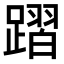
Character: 𨄌